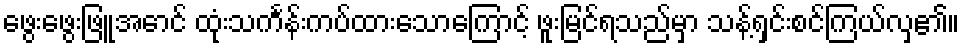
ဖွေးဖွေးဖြူအောင် ထုံးသင်္ကန်းကပ်ထားသောကြောင့် ဖူးမြင်ရသည်မှာ သန့်ရှင်းစင်ကြယ်လှ၏။